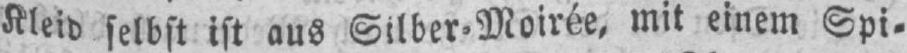
mit einem Spi⸗